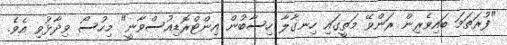
"ފުރަތަމަ ބައިވެރިން ރަންވޭ މަތީގައި ހިނގާލާ ހިސާބުން އިންޓްރޮޑިއުސްވާނީ" މިހުސޯ ވިދާޅުވި އެވެ.